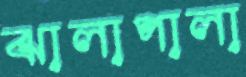
ঝালাপালা